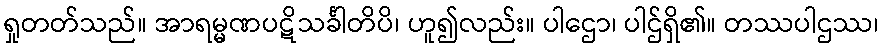
ရှုတတ်သည်။ အာရမ္မဏပဋိသင်္ခါတိပိ၊ ဟူ၍လည်း။ ပါဌော၊ ပါဌ်ရှိ၏။ တဿပါဌဿ၊